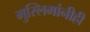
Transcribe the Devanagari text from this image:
मुस्लिमांनीही